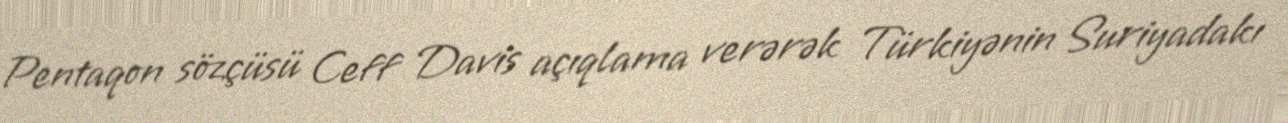
Pentaqon sözçüsü Ceff Davis açıqlama verərək Türkiyənin Suriyadakı